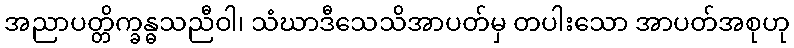
အညာပတ္တိက္ခန္ဓသညီဝါ၊ သံဃာဒီသေသိအာပတ်မှ တပါးသော အာပတ်အစုဟု